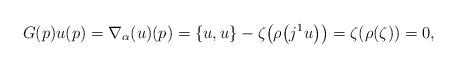
LaTeX: \begin{gather*}G(p)u(p)=\nabla_\alpha(u)(p)=\{u,u\}-\zeta\big(\rho\big(j^1u\big)\big)=\zeta(\rho(\zeta))=0,\end{gather*}